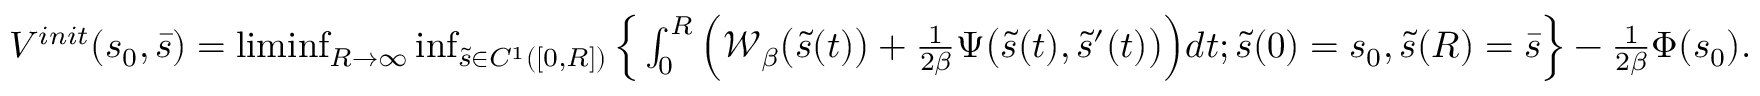
\begin{array} { r } { V ^ { i n i t } ( { s } _ { 0 } , \bar { s } ) = \operatorname* { l i m i n f } _ { R \rightarrow \infty } \operatorname* { i n f } _ { \tilde { s } \in C ^ { 1 } ( [ 0 , R ] ) } \Big \{ \int _ { 0 } ^ { R } \Big ( \mathcal { W } _ { \beta } \big ( \tilde { s } ( t ) \big ) + \frac { 1 } { 2 \beta } \Psi \big ( \tilde { s } ( t ) , \tilde { s } ^ { \prime } ( t ) \big ) \Big ) d t ; \tilde { s } ( 0 ) = { s } _ { 0 } , \tilde { s } ( R ) = \bar { s } \Big \} - \frac { 1 } { 2 \beta } \Phi ( s _ { 0 } ) . } \end{array}